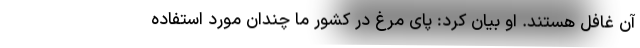
آن غافل هستند. او بیان کرد: پای مرغ در کشور ما چندان مورد استفاده